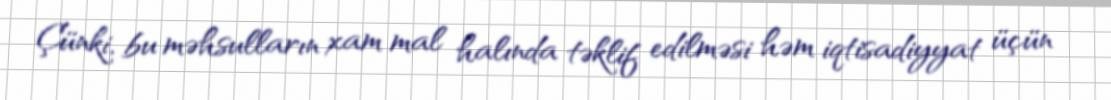
Çünki, bu məhsulların xam mal halında təklif edilməsi həm iqtisadiyyat üçün